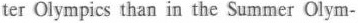
ter Olympics than in the Summer Olym-